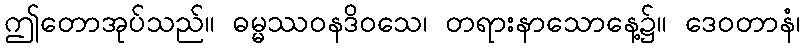
ဤတောအုပ်သည်။ ဓမ္မဿဝနဒိဝသေ၊ တရားနာသောနေ့၌။ ဒေဝတာနံ၊